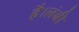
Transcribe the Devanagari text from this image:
है।लंबी